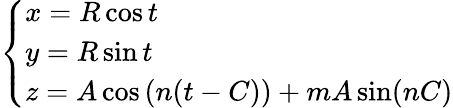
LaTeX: \left\{ \begin{array}{l}{x=R\cos t}\\ {y=R\sin t}\\ {z=A\cos\mathrm{(}n(t-C))+mA\sin(nC)}\end{array}\right.